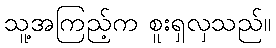
သူ့အကြည့်က စူးရှလှသည်။